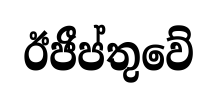
ඊජීප්තුවේ